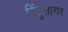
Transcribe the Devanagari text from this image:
बिंदुसागर